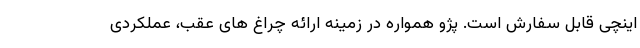
اینچی قابل سفارش است. پژو همواره در زمینه ارائه چراغ های عقب، عملکردی